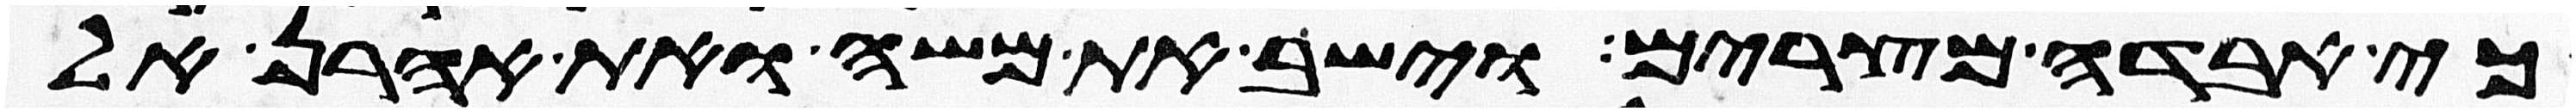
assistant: כי אבדה מצרים וישב את משה ואת אהרן אל